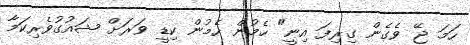
ހަމަ ޖޭ ވެގެން ގިރިފަ އިނީ" ހެމުން ހެމުން ކިޑީ ވަރަށް ޝައުގުވެރިކަމާ